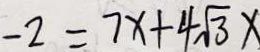
- 2 = 7 x + 4 \sqrt { 3 } x